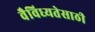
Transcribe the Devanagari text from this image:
वैविध्यतेसाठी